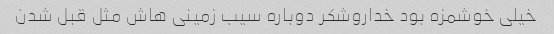
خیلی خوشمزه بود خداروشکر دوباره سیب زمینی هاش مثل قبل شدن